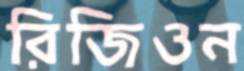
রিজিওন